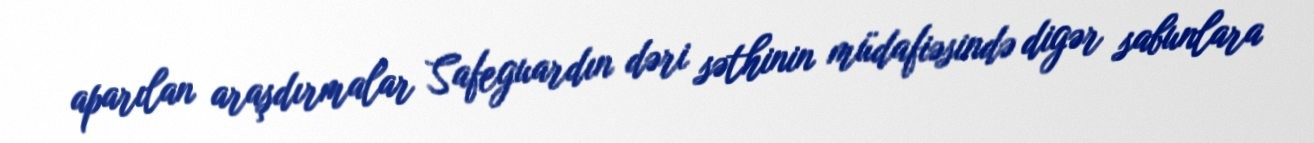
aparılan araşdırmalar Safeguardın dəri səthinin müdafiəsində digər sabunlara